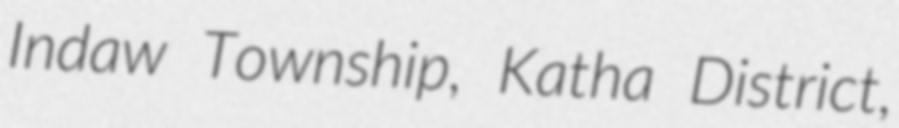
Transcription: Indaw Township, Katha District,